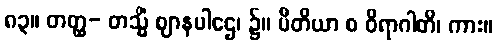
၈၃။ တတ္ထ- တသ္မိံ ဈာနပါဌေ၊ ၌။ ပီတိယာ စ ဝိရာဂါတိ၊ ကား။